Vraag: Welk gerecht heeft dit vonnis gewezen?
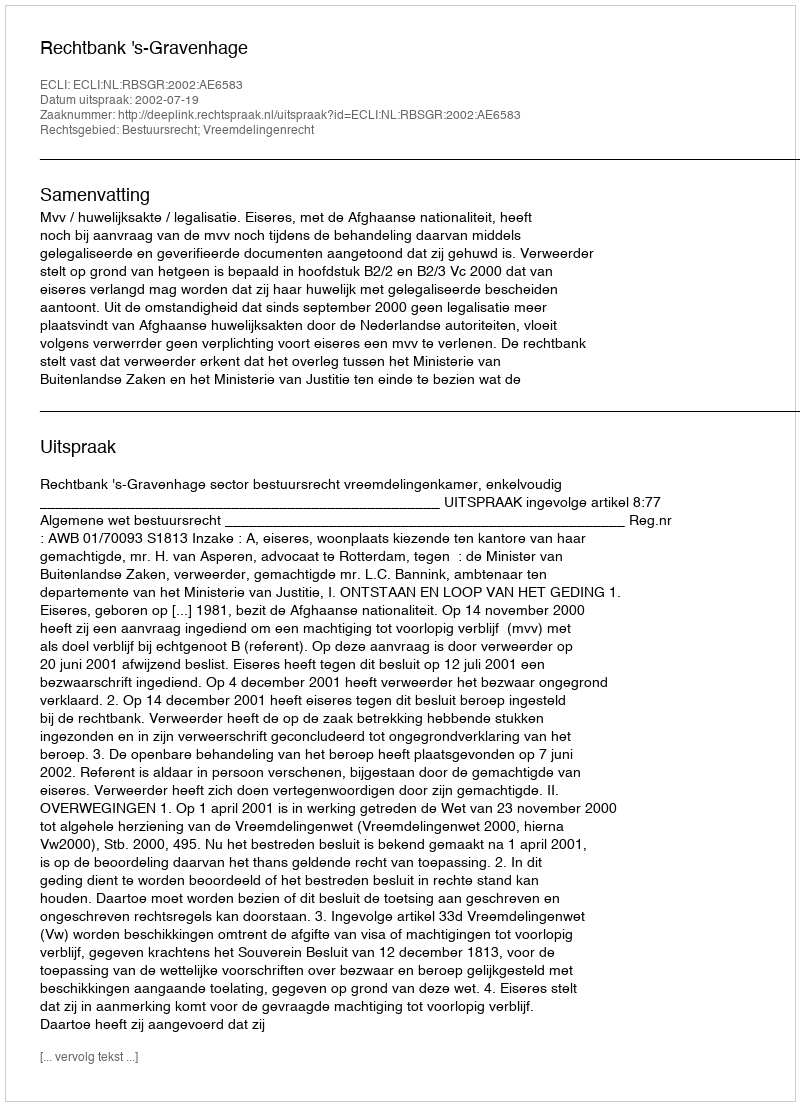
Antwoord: Rechtbank 's-Gravenhage